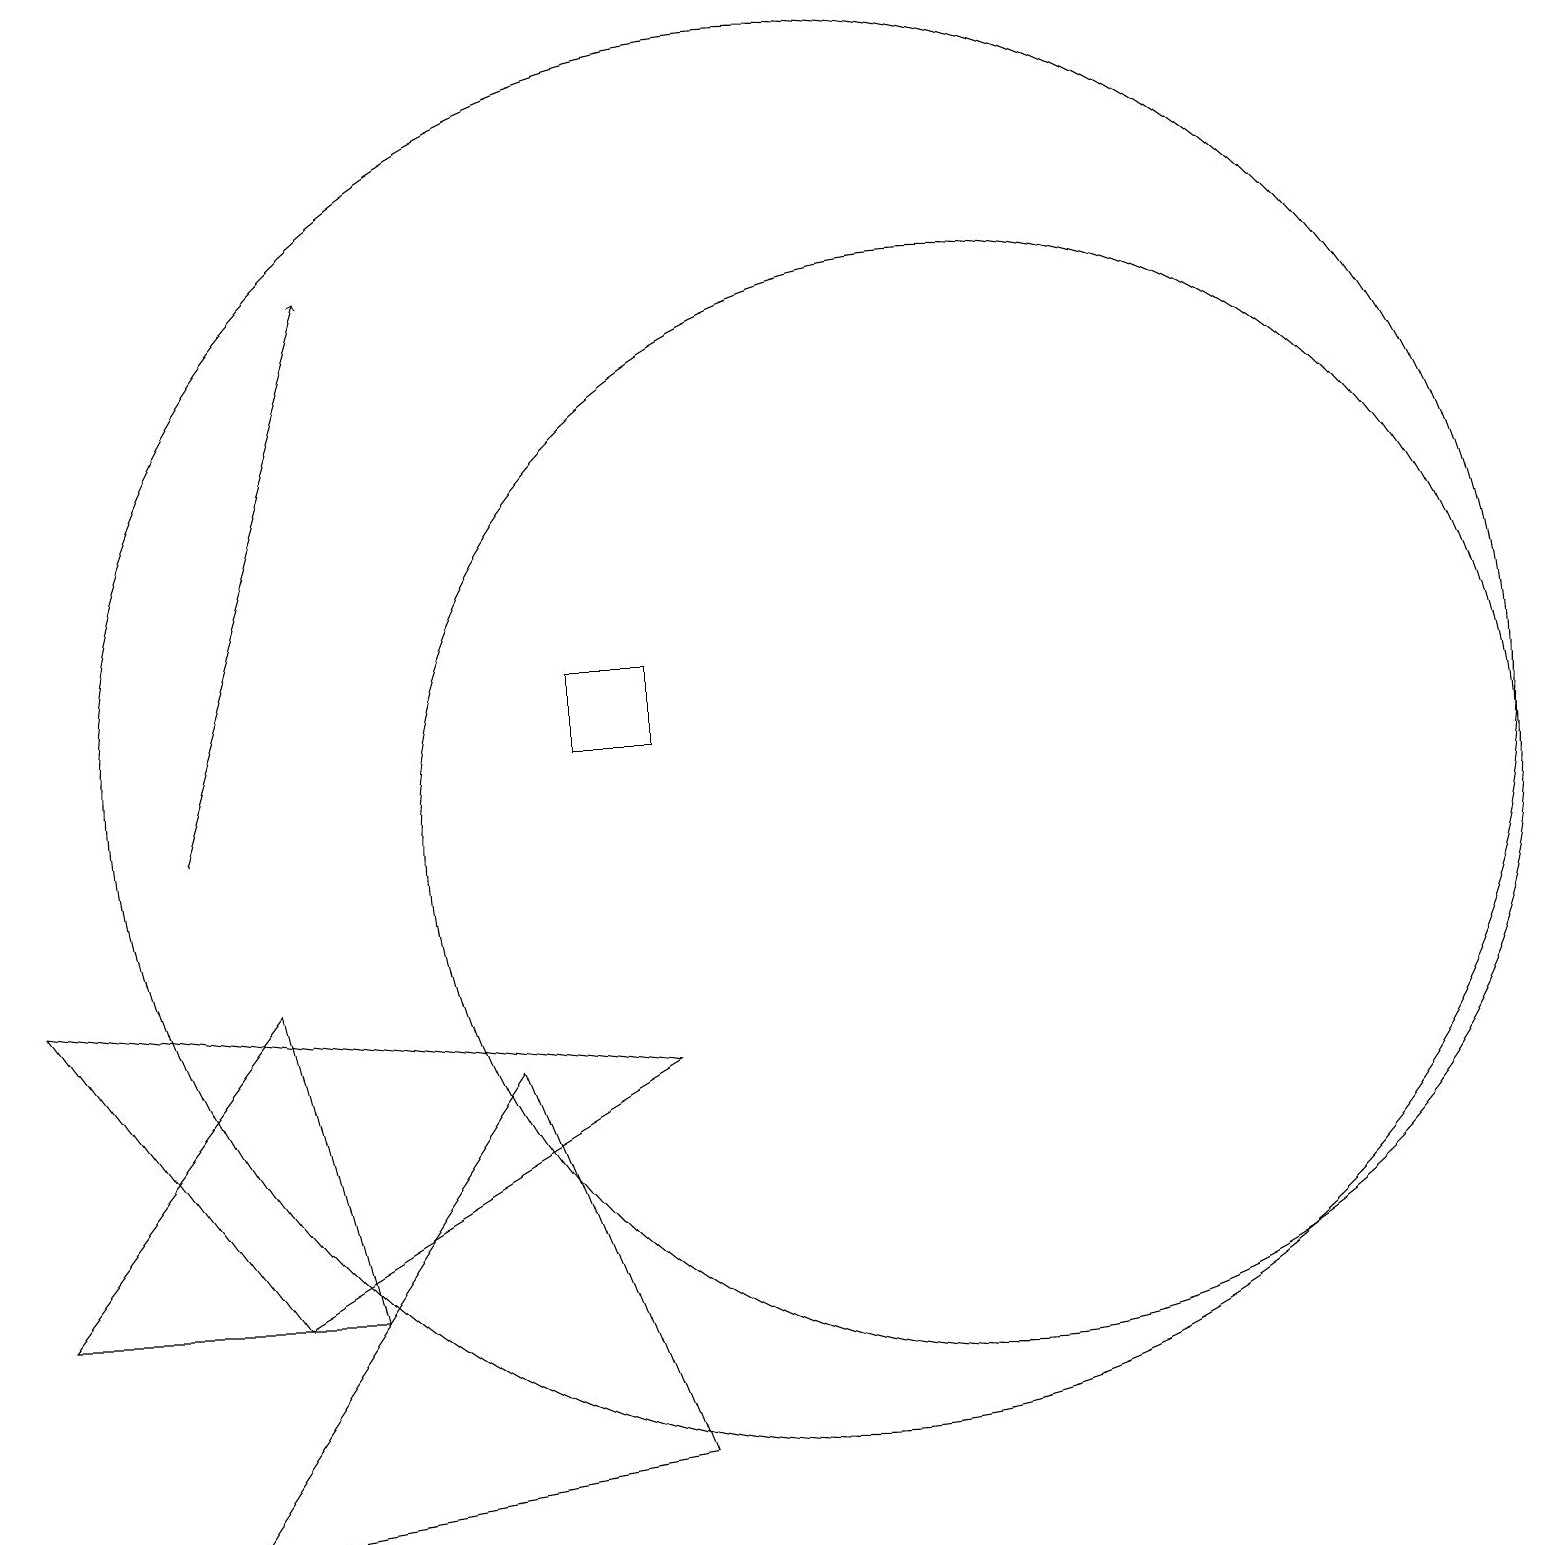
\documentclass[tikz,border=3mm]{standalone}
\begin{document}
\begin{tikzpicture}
\draw[->] (2,10) -- (4,17);
\draw (10,11) circle (9);
\draw (12,10) circle (7);
\draw (8,2) -- (2,1) -- (6,7) -- cycle;
\draw (3,4) -- (0,8) -- (8,7) -- cycle;
\draw (3,8) -- (4,4) -- (0,4) -- cycle;
\draw (7,11) rectangle (8,12);
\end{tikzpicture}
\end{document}